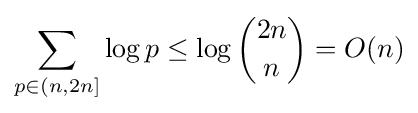
\sum _{p\in (n,2n]}\log p\leq \log {2n \choose n}=O(n)